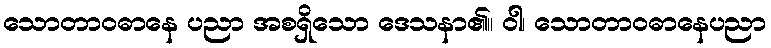
သောတာဝဓာနေ ပညာ အစရှိသော ဒေသနာ၏။ ဝါ၊ သောတာဝဓာနေပညာ